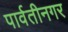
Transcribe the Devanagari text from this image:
पार्वतीनगर